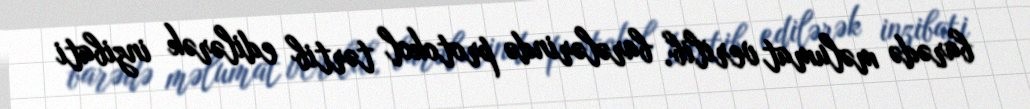
barədə məlumat verilib, barələrində protokol tərtib edilərək inzibati